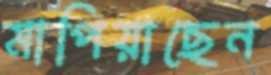
মাপিয়াছেন